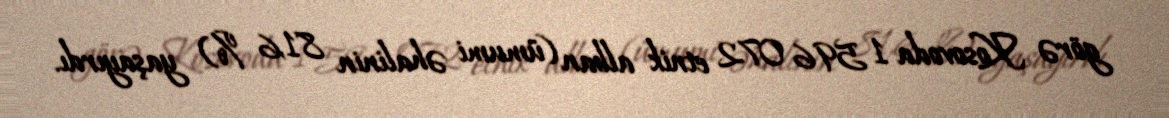
görə Kosovoda 1 596 072 etnik alban (ümumi əhalinin 81,6 %) yaşayırdı.